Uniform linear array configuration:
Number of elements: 8
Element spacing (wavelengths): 1
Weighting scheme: exponential
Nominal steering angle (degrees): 45
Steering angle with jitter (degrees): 46.944
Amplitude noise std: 0.05
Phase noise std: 0.05

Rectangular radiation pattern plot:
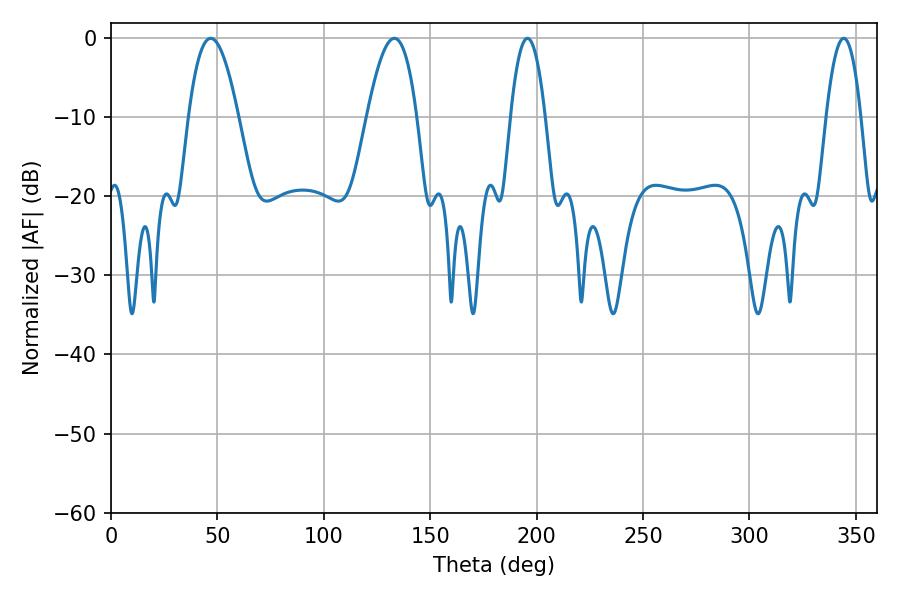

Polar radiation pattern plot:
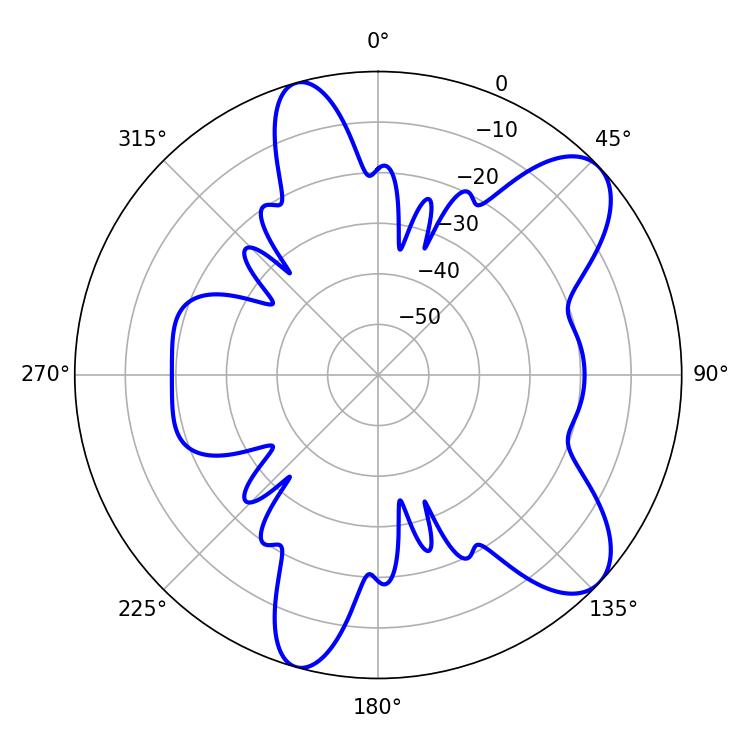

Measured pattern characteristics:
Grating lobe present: TRUE
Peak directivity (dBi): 8.834
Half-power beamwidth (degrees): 8.82
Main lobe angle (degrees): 195.66